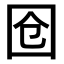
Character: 𭍜